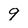
Character: 9